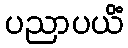
ပညာပယိံ